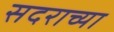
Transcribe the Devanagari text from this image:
सदराच्या